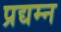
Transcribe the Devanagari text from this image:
प्रद्यम्न